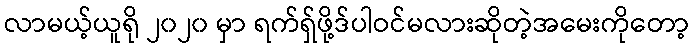
လာမယ့်ယူရို ၂၀၂၀ မှာ ရက်ရှ်ဖို့ဒ်ပါဝင်မလားဆိုတဲ့အမေးကိုတော့